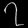
Digit: ၇